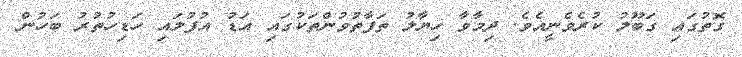
ގޮތުގައި ގަބޫލު ކުރެވެނީއެވެ. ދިމާވާ ހިޔާލު ތަފާތުވުންތަކުގައި އަޑު އުފުލައި ހަޑިހުތުރު ބަހުން